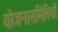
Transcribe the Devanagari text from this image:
योजनासमितियों